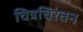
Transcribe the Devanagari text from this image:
चित्रचिरंतन